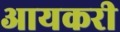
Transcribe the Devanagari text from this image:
आयकरी